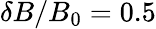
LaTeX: \delta B/B_{0}=0.5